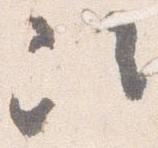
次